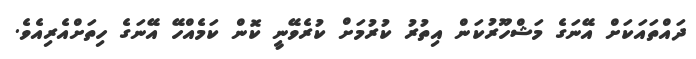
ދައްތައަކަށް އޭނަގެ މަޝްހޫރުކަން އިތުރު ކުރުމަށް ކުރެވޭނީ ކޮން ކަމެއްހޭ އޭނަގެ ހިތަށްއެރިއެވެ.